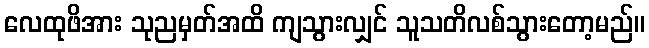
လေထုဖိအား သုညမှတ်အထိ ကျသွားလျှင် သူသတိလစ်သွားတော့မည်။